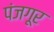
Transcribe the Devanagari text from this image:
पंजगूर